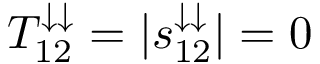
T _ { 1 2 } ^ { \downarrow \downarrow } = | s _ { 1 2 } ^ { \downarrow \downarrow } | = 0